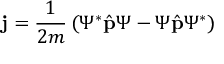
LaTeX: \mathbf { j } = { \frac { 1 } { 2 m } } \left( \Psi ^ { * } { \hat { \mathbf { p } } } \Psi - \Psi { \hat { \mathbf { p } } } \Psi ^ { * } \right) \,